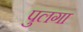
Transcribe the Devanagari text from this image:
पुलगा